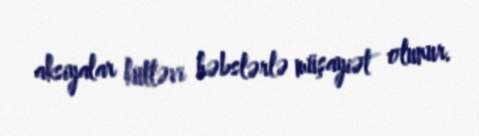
aksiyalar kütləvi həbslərlə müşayiət olunur.